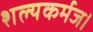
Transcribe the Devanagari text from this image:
शल्यकर्मज।